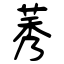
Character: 莠